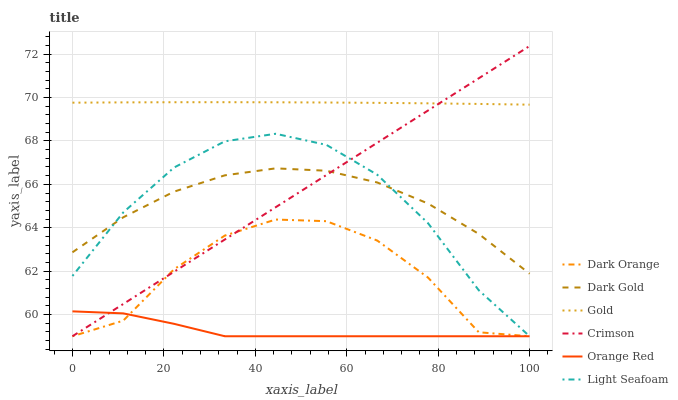
| xaxis_label | Dark Orange | Dark Gold | Gold | Crimson | Orange Red | Light Seafoam |
 | --- | --- | --- | --- | --- | --- | --- |
 | 0 | 59 | 62.9 | 69.8 | 59 | 60.1 | 61.8 |
 | 11.1 | 59.7 | 64.5 | 69.8 | 60.5 | 60.1 | 64.7 |
 | 22.2 | 62.1 | 65.7 | 69.8 | 62 | 59.6 | 66.8 |
 | 33.3 | 63.6 | 66.4 | 69.8 | 63.5 | 59 | 68 |
 | 44.4 | 64.4 | 66.7 | 69.8 | 64.9 | 59 | 68.3 |
 | 55.6 | 64.3 | 66.6 | 69.8 | 66.4 | 59 | 67.8 |
 | 66.7 | 63.4 | 66.1 | 69.8 | 67.9 | 59 | 66.4 |
 | 77.8 | 61.7 | 65.1 | 69.7 | 69.4 | 59 | 64.2 |
 | 88.9 | 59.2 | 63.7 | 69.7 | 70.9 | 59 | 61.1 |
 | 100 | 59 | 61.9 | 69.7 | 72.4 | 59 | 59 |